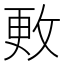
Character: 𪯍